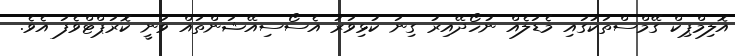
އޮލިމްޕިކް ގޭމްސްތަކުގައި މެޑަލެއް ނުހޯދޭއިރު ގިނަ ކުޅިވަރު އެސޯސިއޭޝަންތައް ވަނީ ކޮރަޕްޓްވެފަ އެވެ.